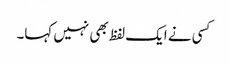
کسی نے ایک لفظ بھی نہیں کہا۔